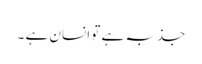
جذبہ ہے تو انسان ہے ۔